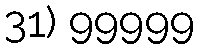
31) 99999